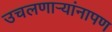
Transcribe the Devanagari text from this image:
उचलणार्‍यांनापण